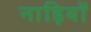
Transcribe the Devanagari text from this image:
नाड़ियों